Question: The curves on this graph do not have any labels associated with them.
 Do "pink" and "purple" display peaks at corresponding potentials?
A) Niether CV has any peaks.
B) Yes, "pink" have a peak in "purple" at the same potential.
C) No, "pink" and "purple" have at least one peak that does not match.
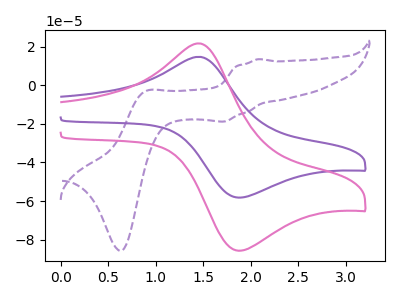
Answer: <think>The purple dashed curve "purple dashed" has anodic peaks at (2.10V, 13.45uA) (0.90V, -3.35uA) and cathodic peaks at (1.70V, -18.80uA) (0.65V, -85.80uA). The purple curve "purple" has an anodic peak at (1.45V, 14.65uA) and a cathodic peak at (1.90V, -58.25uA). The pink curve "pink" has an anodic peak at (1.45V, 21.60uA) and a cathodic peak at (1.90V, -85.80uA).</think>
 <answer>B) Yes, "pink" have a peak in "purple" at the same potential.</answer>
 <eval>B</eval>